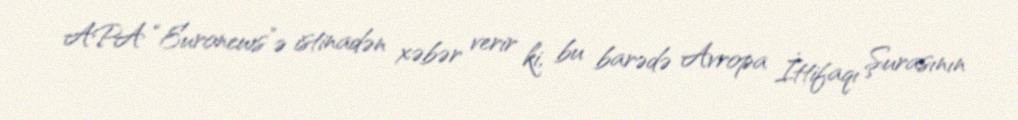
APA “Euronews”ə istinadən xəbər verir ki, bu barədə Avropa İttifaqı Şurasının